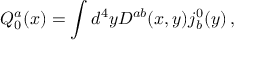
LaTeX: Q _ { 0 } ^ { a } ( x ) = \int d ^ { 4 } y { \cal D } ^ { a b } ( x , y ) j _ { b } ^ { 0 } ( y ) \, ,